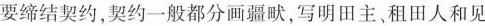
要缔结契约，契约一般都分画疆畎，写明田主，租田人和见